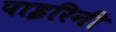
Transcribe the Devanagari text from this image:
पाइरिनी